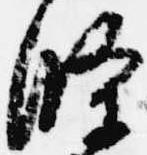
条